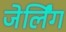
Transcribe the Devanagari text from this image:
जेर्लिंग